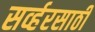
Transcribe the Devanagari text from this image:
सर्व्हरसाठी